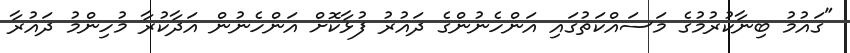
"ގައުމު ބިނާކުރުމުގެ މަސައްކަތުގައި އަންހެނުންގެ ދައުރު ފުޅާކޮށް އަންހެނުން އަދާކުރާ މުހިންމު ދައުރާ